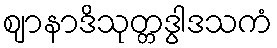
ဈာနာဒိသုတ္တဒွါဒသကံ